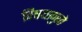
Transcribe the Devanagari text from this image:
विषयापुरते